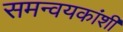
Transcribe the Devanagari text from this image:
समन्वयकांशी